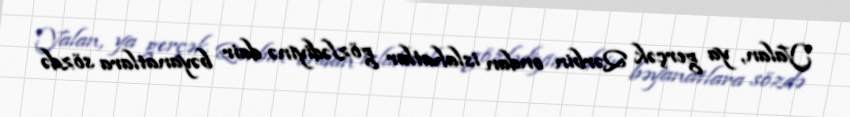
Yalan, ya gerçək Qərbin ondan islahatlar gözlədiyinə dair bəyanatlara sözdə